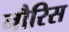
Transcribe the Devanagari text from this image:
नौरिस